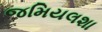
જમિયલશા